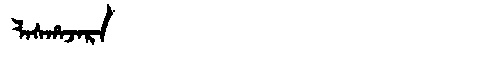
Manchu: ᠯᠠᠰᡥᠠᠵᠠᡵᠠ
Romanization: LASHAJARA